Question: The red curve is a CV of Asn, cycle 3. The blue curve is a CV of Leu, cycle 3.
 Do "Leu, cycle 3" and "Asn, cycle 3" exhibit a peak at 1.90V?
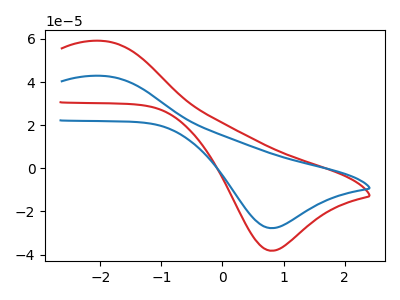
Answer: <think>The red curve "Asn, cycle 3" has an anodic peak at (-1.95V, 59.10uA) and a cathodic peak at (0.80V, -38.25uA). The blue curve "Leu, cycle 3" has an anodic peak at (-1.95V, 42.90uA) and a cathodic peak at (0.80V, -27.75uA).</think>
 <answer>No, "Leu, cycle 3" and "Asn, cycle 3" dont share a peak at 1.90V.</answer>
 <eval>mismatch</eval>